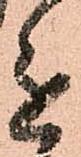
進